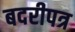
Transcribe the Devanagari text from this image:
बदरीपत्र